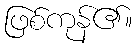
ဖြစ်ကုန်၏။